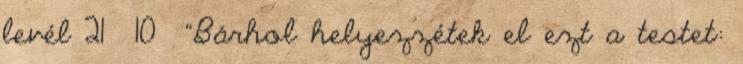
levél 21 10 “Bárhol helyezzétek el ezt a testet: